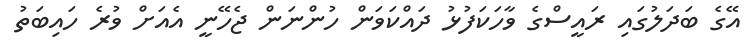
އޭގެ ބަދަލުގައި ރައީސްގެ ވާހަކަފުޅު ދައްކަވަން ހުންނަން ޖެހޭނީ އެއަށް ވުރެ ހައިބަތު